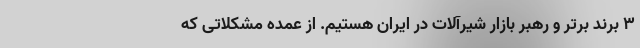
۳ برند برتر و رهبر بازار شیرآلات در ایران هستیم. از عمده مشکلاتی که